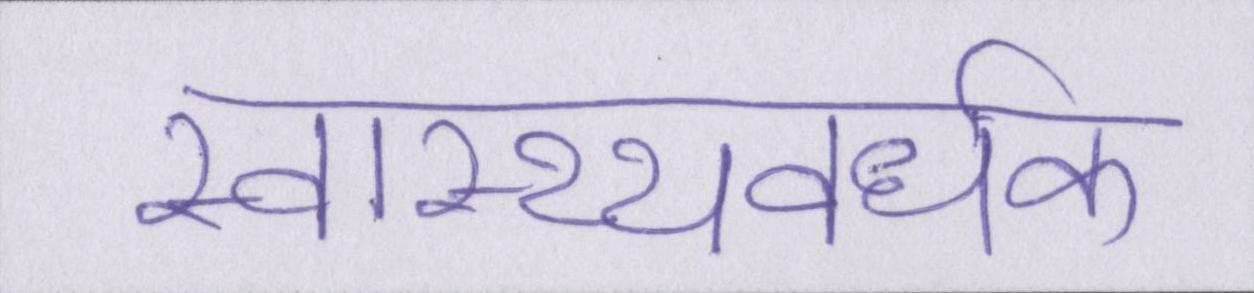
स्वास्थ्यवर्धक